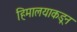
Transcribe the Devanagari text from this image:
हिमालयाकडून